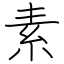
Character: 素